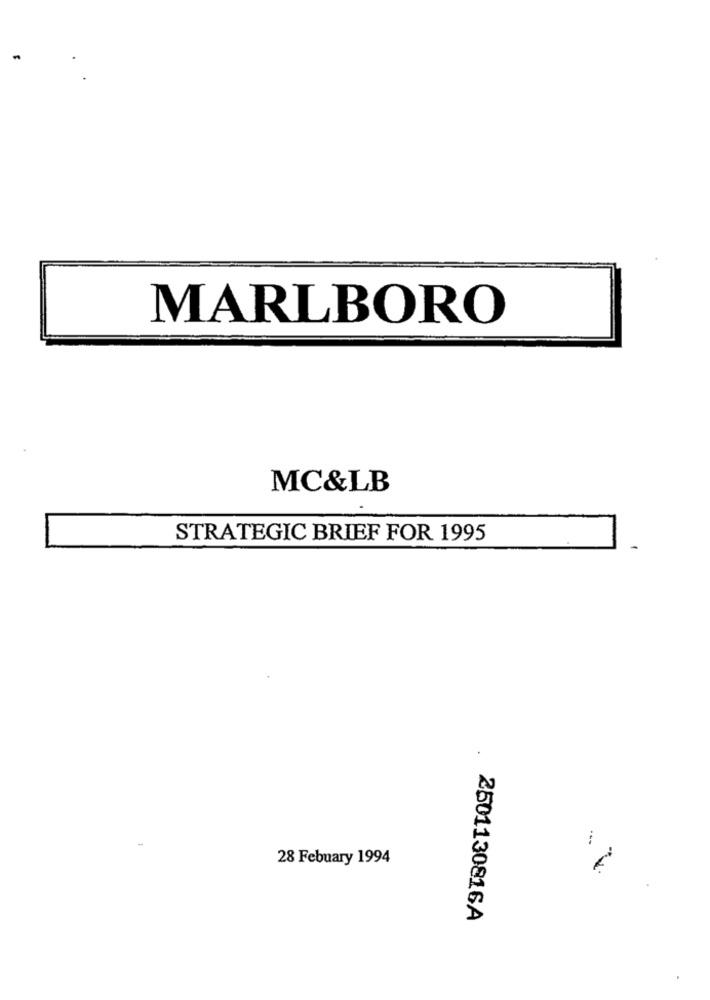
MARLBORO
MC&LB
STRATEGIC BRIEF FOR 1995
.
:
28 Febuary 1994
2501130816A